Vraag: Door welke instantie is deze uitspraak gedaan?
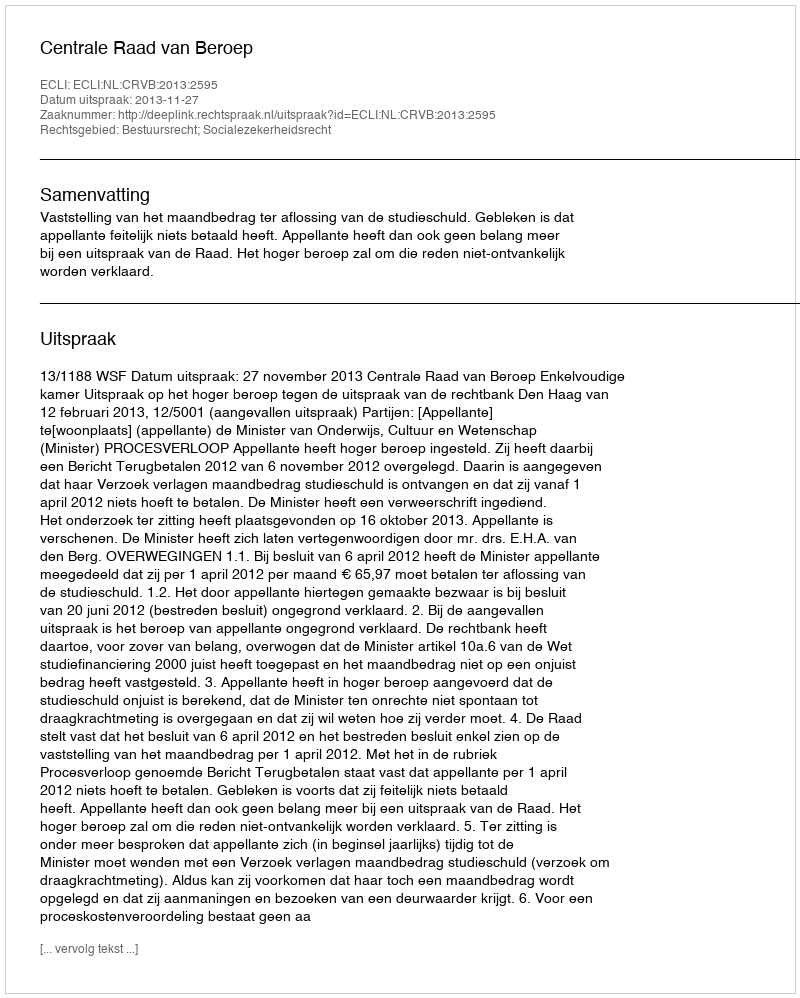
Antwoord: Centrale Raad van Beroep